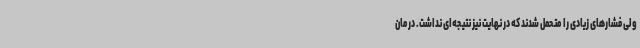
ولی فشارهای زیادی را متحمل شدند که در نهایت نیز نتیجه‌ای نداشت. درمان